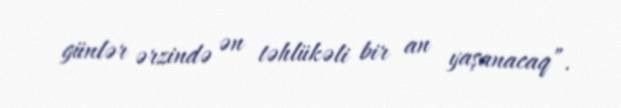
günlər ərzində ən təhlükəli bir an yaşanacaq”.